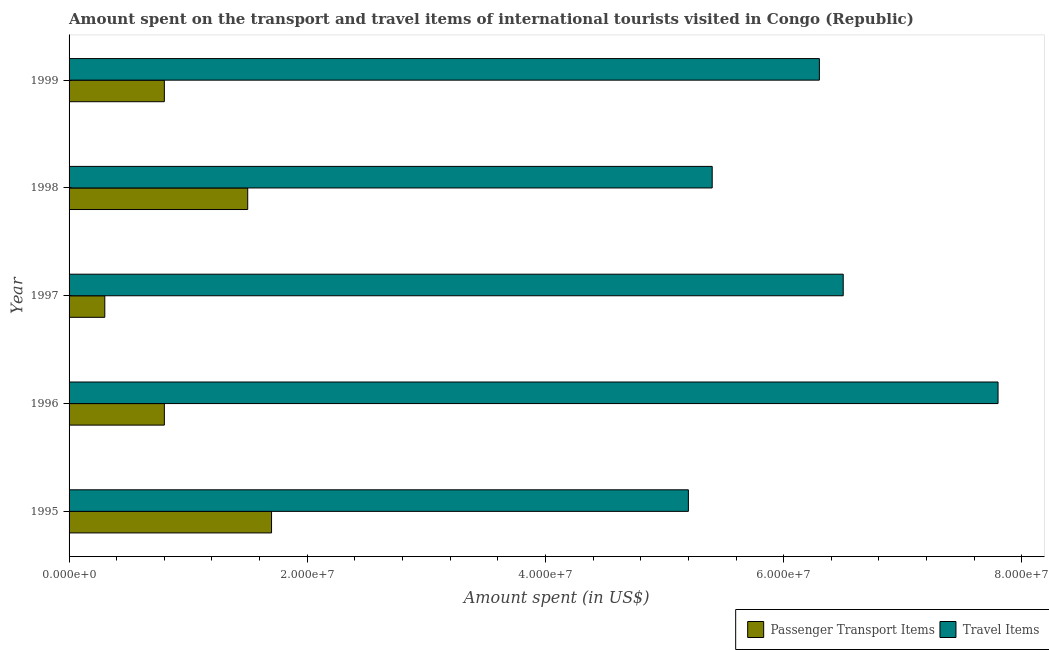
| Year | Passenger Transport Items | Travel Items |
 | --- | --- | --- |
 | 1995 | 1.7e+07 | 5.2e+07 |
 | 1996 | 8e+06 | 7.8e+07 |
 | 1997 | 3e+06 | 6.5e+07 |
 | 1998 | 1.5e+07 | 5.4e+07 |
 | 1999 | 8e+06 | 6.3e+07 |